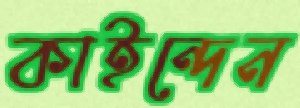
কাইন্দেন